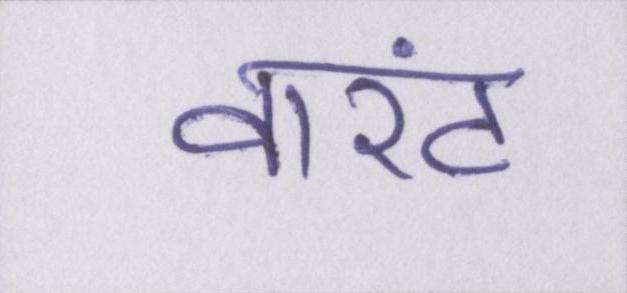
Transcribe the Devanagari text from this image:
वारंट